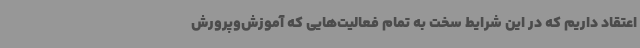
اعتقاد داریم که در این شرایط سخت به تمام فعالیت‌هایی که آموزش‌وپرورش